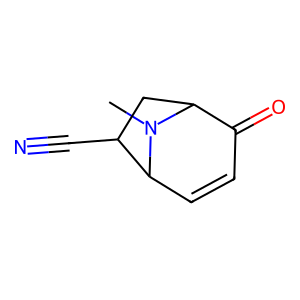
SMILES: CN1C2CC(C#N)C1C=CC2=O
Inhibits HIV replication: No